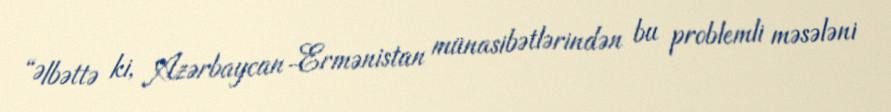
“Əlbəttə ki, Azərbaycan-Ermənistan münasibətlərindən bu problemli məsələni